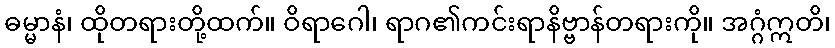
ဓမ္မာနံ၊ ထိုတရားတို့ထက်။ ဝိရာဂေါ၊ ရာဂ၏ကင်းရာနိဗ္ဗာန်တရားကို။ အဂ္ဂံဣတိ၊